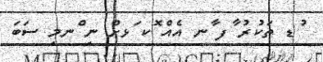
ުޑ ތަކުރު ާފ ާނ އެއް ޮކ ަޅށް ނި ްނމި ސަބަ